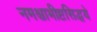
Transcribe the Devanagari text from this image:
नमश्चाभीष्टसिद्धये